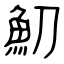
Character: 魛